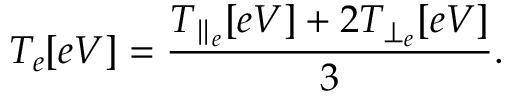
T _ { e } [ e V ] = \frac { T _ { \parallel _ { e } } [ e V ] + 2 T _ { \perp _ { e } } [ e V ] } { 3 } .